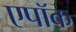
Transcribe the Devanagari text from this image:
एपॉक